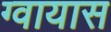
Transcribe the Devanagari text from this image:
ग्वायास